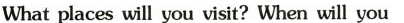
What places will you visit? When will you go? How will you